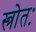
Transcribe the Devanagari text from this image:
स्त्रोतः